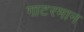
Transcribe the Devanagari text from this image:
गाटरमान